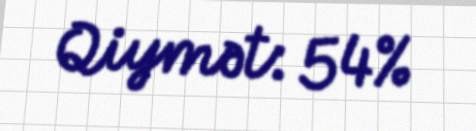
Qiymət: 54%